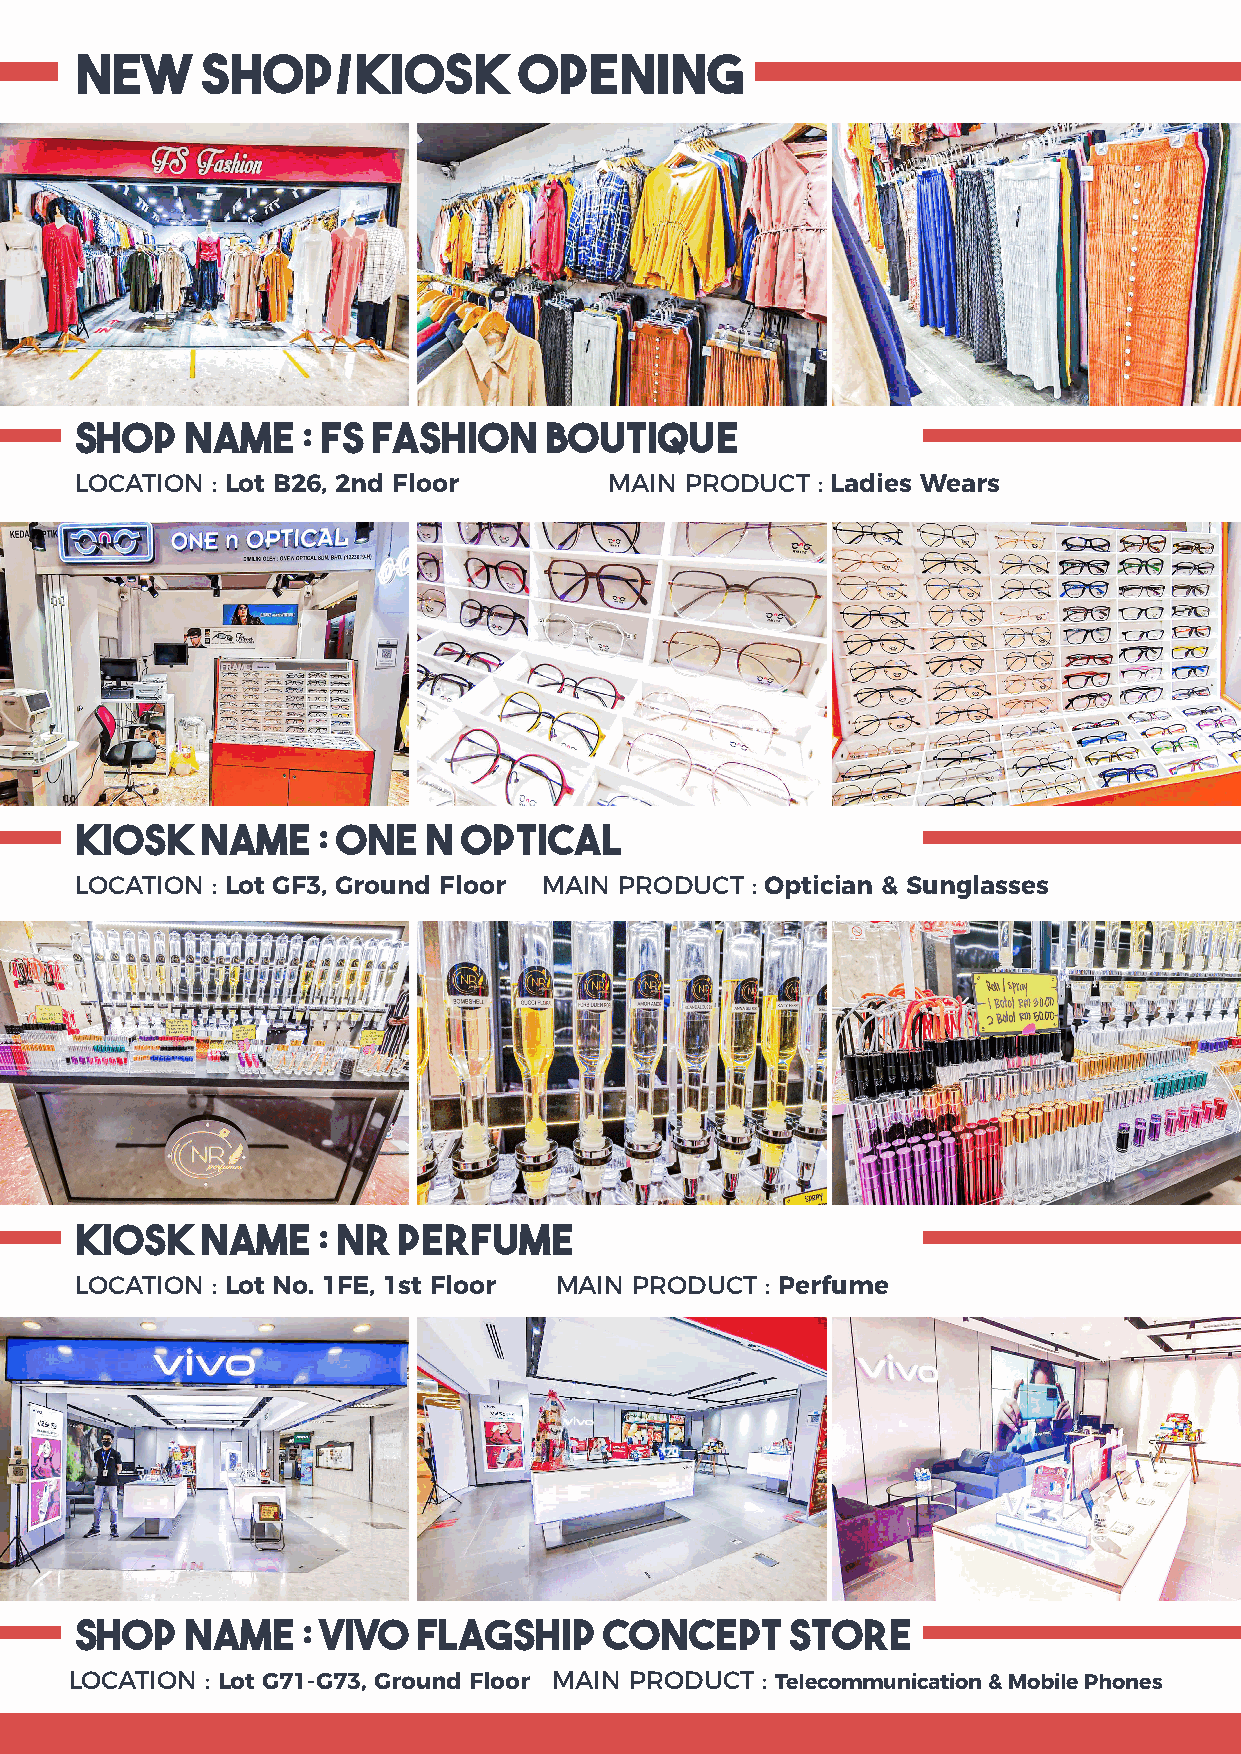
NEW     SHOP/KIOSK           OPENING
 SHOP   NAME    : FS Fashion    Boutique
 LOCATION : Lot B26, 2nd Floor      MAIN PRODUCT  : Ladies Wears
 Kiosk   NAME    : One  n  Optical
 LOCATION : Lot GF3, Ground Floor MAIN PRODUCT : Optician & Sunglasses
 Kiosk   NAME    : NR Perfume
 LOCATION : Lot No. 1FE, 1st Floor MAIN PRODUCT : Perfume
 SHOP   NAME    : Vivo  Flagship    Concept     Store
 LOCATION : Lot G71-G73, Ground Floor MAIN PRODUCT : Telecommunication & Mobile Phones